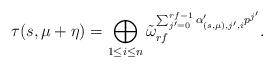
LaTeX: \begin{align*}\tau(s,\mu+\eta)=\bigoplus_{1\leq i\leq n}\tilde{\omega}_{rf}^{\sum_{j'=0}^{rf-1} \alpha'_{(s,\mu),j',i}p^{j'}}.\end{align*}